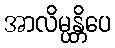
အာလိမ္ပန္တိပေ